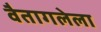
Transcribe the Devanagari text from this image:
वैतागलेला